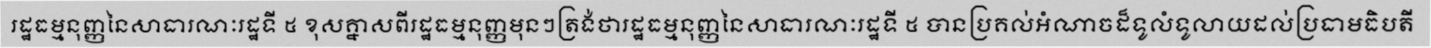
រដ្ឋធម្មនុញ្ញនៃសាធារណៈរដ្ឋទី ៥ ខុសគ្នាសពីរដ្ឋធម្មនុញ្ញមុនៗត្រង់ថារដ្ឋធម្មនុញ្ញនៃសាធារណៈរដ្ឋទី ៥ បានប្រគល់អំណាចដ៏ទូលំទូលាយដល់ប្រធាមធិបតី